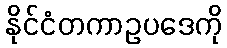
နိုင်ငံတကာဥပဒေကို